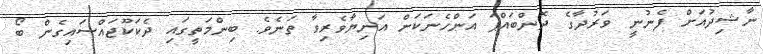
ނާޝިދުއަށް ފެނުނީ ވަރުދާގެ ދޮންބައްޕަ އަންހެނަކަށް އަނިޔާވެރިވާ ތަނެވެ. ބިންމަތީގައި ދެކަކޫޖައްސައިގެން ބޯ